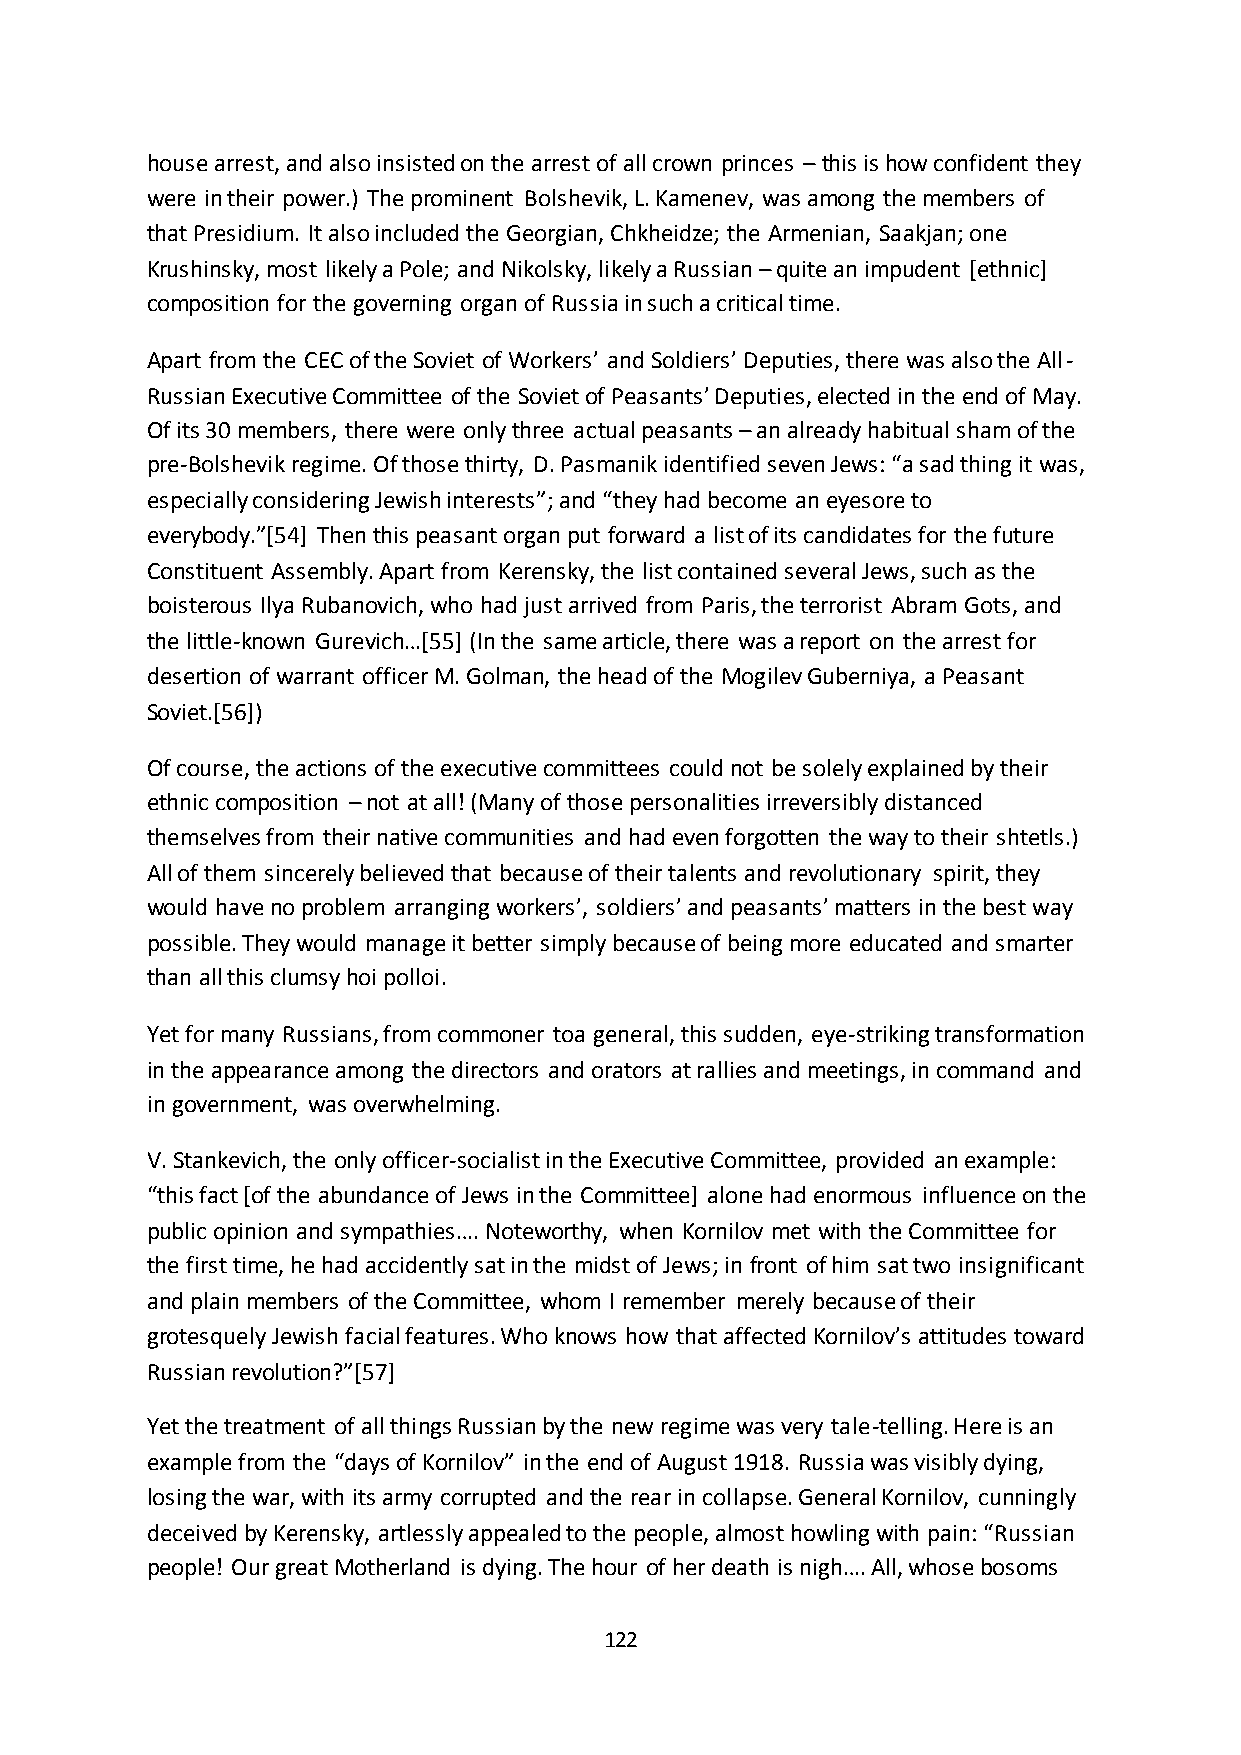
house arrest, and also insisted on the arrest of all crown princes – this is how confident they
 were in their power.) The prominent Bolshevik, L. Kamenev, was among the members of
 that Presidium. It also included the Georgian, Chkheidze; the Armenian, Saakjan; one
 Krushinsky, most likely a Pole; and Nikolsky, likely a Russian – quite an impudent [ethnic]
 composition for the governing organ of Russia in such a critical time.
 Apart from the CEC of the Soviet of Workers’ and Soldiers’ Deputies, there was also the All-
 Russian Executive Committee of the Soviet of Peasants’ Deputies, elected in the end of May.
 Of its 30 members, there were only three actual peasants – an already habitual sham of the
 pre-Bolshevik regime. Of those thirty, D. Pasmanik identified seven Jews: “a sad thing it was,
 especially considering Jewish interests”; and “they had become an eyesore to
 everybody.”*54+ Then this peasant organ put forward a list of its candidates for the future
 Constituent Assembly. Apart from Kerensky, the list contained several Jews, such as the
 boisterous Ilya Rubanovich, who had just arrived from Paris, the terrorist Abram Gots, and
 the little-known Gurevich…*55+ (In the same article, there was a report on the arrest for
 desertion of warrant officer M. Golman, the head of the Mogilev Guberniya, a Peasant
 Soviet.[56])
 Of course, the actions of the executive committees could not be solely explained by their
 ethnic composition – not at all! (Many of those personalities irreversibly distanced
 themselves from their native communities and had even forgotten the way to their shtetls.)
 All of them sincerely believed that because of their talents and revolutionary spirit, they
 would have no problem arranging workers’, soldiers’ and peasants’ matters in the best way
 possible. They would manage it better simply because of being more educated and smarter
 than all this clumsy hoi polloi.
 Yet for many Russians, from commoner toa general, this sudden, eye-striking transformation
 in the appearance among the directors and orators at rallies and meetings, in command and
 in government, was overwhelming.
 V. Stankevich, the only officer-socialist in the Executive Committee, provided an example:
 “this fact *of the abundance of Jews in the Committee+ alone had enormous influence on the
 public opinion and sympathies…. Noteworthy, when Kornilov met with the Committee for
 the first time, he had accidently sat in the midst of Jews; in front of him sat two insignificant
 and plain members of the Committee, whom I remember merely because of their
 grotesquely Jewish facial features. Who knows how that affected Kornilov’s attitudes toward
 Russian revolution?”*57+
 Yet the treatment of all things Russian by the new regime was very tale-telling. Here is an
 example from the “days of Kornilov” in the end of August 1918. Russia was visibly dying,
 losing the war, with its army corrupted and the rear in collapse. General Kornilov, cunningly
 deceived by Kerensky, artlessly appealed to the people, almost howling with pain: “Russian
 people! Our great Motherland is dying. The hour of her death is nigh…. All, whose bosoms
 122